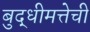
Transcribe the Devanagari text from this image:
बुद्धीमत्तेची